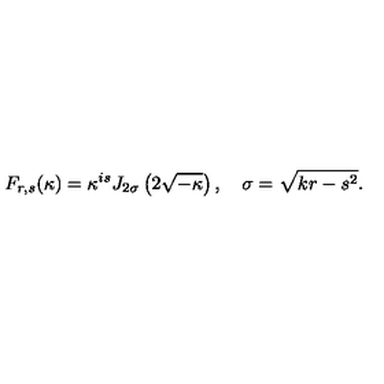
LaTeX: F _ { r , s } ( \kappa ) = \kappa ^ { i s } J _ { 2 \sigma } \left( 2 \sqrt { - \kappa } \right) , \quad \sigma = \sqrt { k r - s ^ { 2 } } .